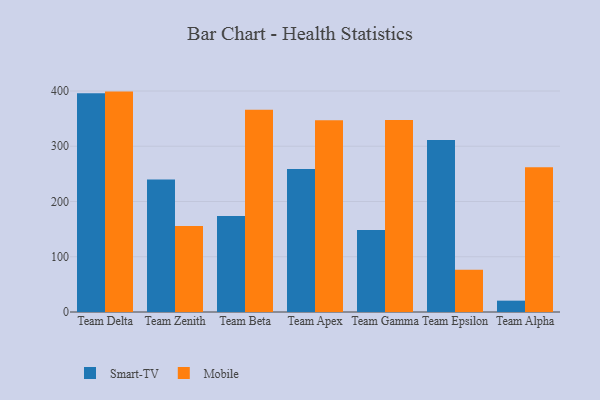
{"axis": {"x": "Team", "y": "Bounce Rate (%)"}, "legend": ["Mobile", "Smart-TV"], "data": [{"x": "Team Delta", "y": 396.1, "type": "Smart-TV"}, {"x": "Team Delta", "y": 398.9, "type": "Mobile"}, {"x": "Team Zenith", "y": 239.9, "type": "Smart-TV"}, {"x": "Team Zenith", "y": 155.8, "type": "Mobile"}, {"x": "Team Beta", "y": 173.8, "type": "Smart-TV"}, {"x": "Team Beta", "y": 366.0, "type": "Mobile"}, {"x": "Team Apex", "y": 258.6, "type": "Smart-TV"}, {"x": "Team Apex", "y": 347.1, "type": "Mobile"}, {"x": "Team Gamma", "y": 148.5, "type": "Smart-TV"}, {"x": "Team Gamma", "y": 347.5, "type": "Mobile"}, {"x": "Team Epsilon", "y": 311.3, "type": "Smart-TV"}, {"x": "Team Epsilon", "y": 76.3, "type": "Mobile"}, {"x": "Team Alpha", "y": 20.5, "type": "Smart-TV"}, {"x": "Team Alpha", "y": 262.1, "type": "Mobile"}]}